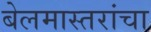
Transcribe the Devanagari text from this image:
बेलमास्तरांचा